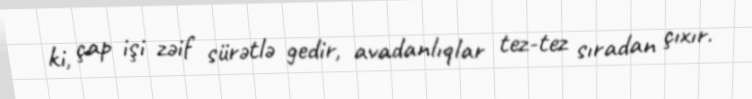
ki, çap işi zəif sürətlə gedir, avadanlıqlar tez-tez sıradan çıxır.